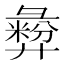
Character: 彜